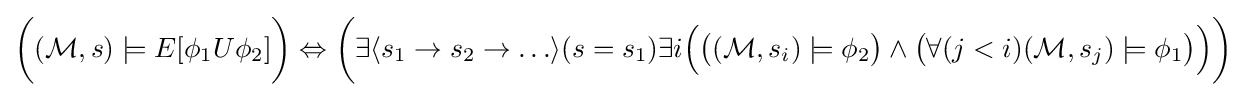
{\bigg (}({\mathcal {M}},s)\models E[\phi _{1}U\phi _{2}]{\bigg )}\Leftrightarrow {\bigg (}\exists \langle s_{1}\rightarrow s_{2}\rightarrow \ldots \rangle (s=s_{1})\exists i{\Big (}{\big (}({\mathcal {M}},s_{i})\models \phi _{2}{\big )}\land {\big (}\forall (j<i)({\mathcal {M}},s_{j})\models \phi _{1}{\big )}{\Big )}{\bigg )}